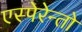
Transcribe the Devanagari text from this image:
एस्पेरेन्तो